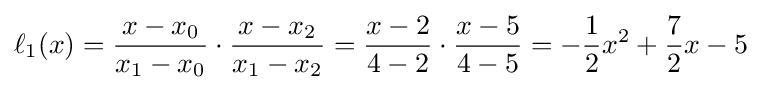
\ell _{1}(x)={\frac {x-x_{0}}{x_{1}-x_{0}}}\cdot {\frac {x-x_{2}}{x_{1}-x_{2}}}={\frac {x-2}{4-2}}\cdot {\frac {x-5}{4-5}}=-{\frac {1}{2}}x^{2}+{\frac {7}{2}}x-5